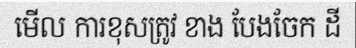
មើល ការខុសត្រូវ ខាង បែងចែក ដី